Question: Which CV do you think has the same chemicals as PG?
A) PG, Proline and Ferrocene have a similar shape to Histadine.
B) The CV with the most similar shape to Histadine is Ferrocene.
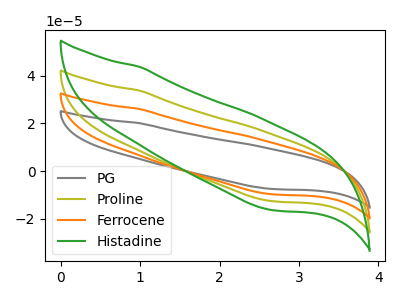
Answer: <think>The gray curve "PG" has no peaks. The olive curve "Proline" has no peaks. The orange curve "Ferrocene" has no peaks. The green curve "Histadine" has no peaks.
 Neither "PG" or "Proline" have any peaks. Neither "PG" or "Ferrocene" have any peaks. Neither "PG" or "Histadine" have any peaks. Neither "Proline" or "Ferrocene" have any peaks. Neither "Proline" or "Histadine" have any peaks. Neither "Ferrocene" or "Histadine" have any peaks.</think>
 <answer>A) "PG", "Proline" and "Ferrocene" have a similar shape to "Histadine".</answer>
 <eval>A</eval>